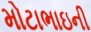
મોટાભાઇની